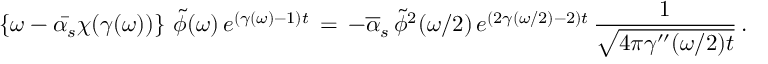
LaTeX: \left\{ \omega - \bar { \alpha _ { s } } \chi ( \gamma ( \omega ) ) \right\} \, \tilde { \phi } ( \omega ) \, e ^ { ( \gamma ( \omega ) - 1 ) t } \, = \, - \overline { { { \alpha } } } _ { s } \, \tilde { \phi } ^ { 2 } ( \omega / 2 ) \, e ^ { ( 2 \gamma ( \omega / 2 ) - 2 ) t } \, { \frac { 1 } { \sqrt { 4 \pi \gamma ^ { \prime \prime } ( \omega / 2 ) t } } } \, .